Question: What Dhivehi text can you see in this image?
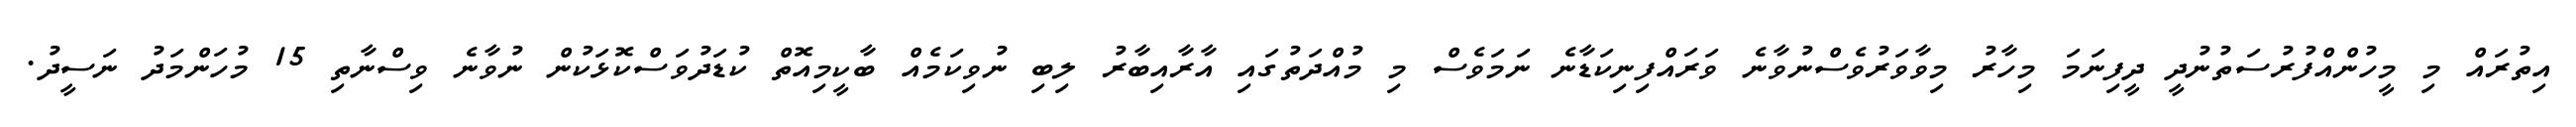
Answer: އިތުރައް މި މީހުންއްފުރުސަތުނުދީ ދީފިނަމަ މިހާރު މިވާވަރުވެސްނުވާނެ ވަރައްފިނިކަޑާނެ ނަމަވެސް މި މުއްދަތުގައި އާރާއިބާރު ލިބި ނުވިކަމެއް ބާކީމިއޮތް ކުޑަދުވަސްކޮޅަކުން ނުވާނެ ވިސްނާތި 15 މުހަންމަދު ނަސީދު.